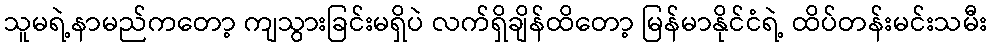
သူမရဲ့နာမည်ကတော့ ကျသွားခြင်းမရှိပဲ လက်ရှိချိန်ထိတော့ မြန်မာနိုင်ငံရဲ့ ထိပ်တန်းမင်းသမီး